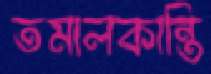
তমালকান্তি